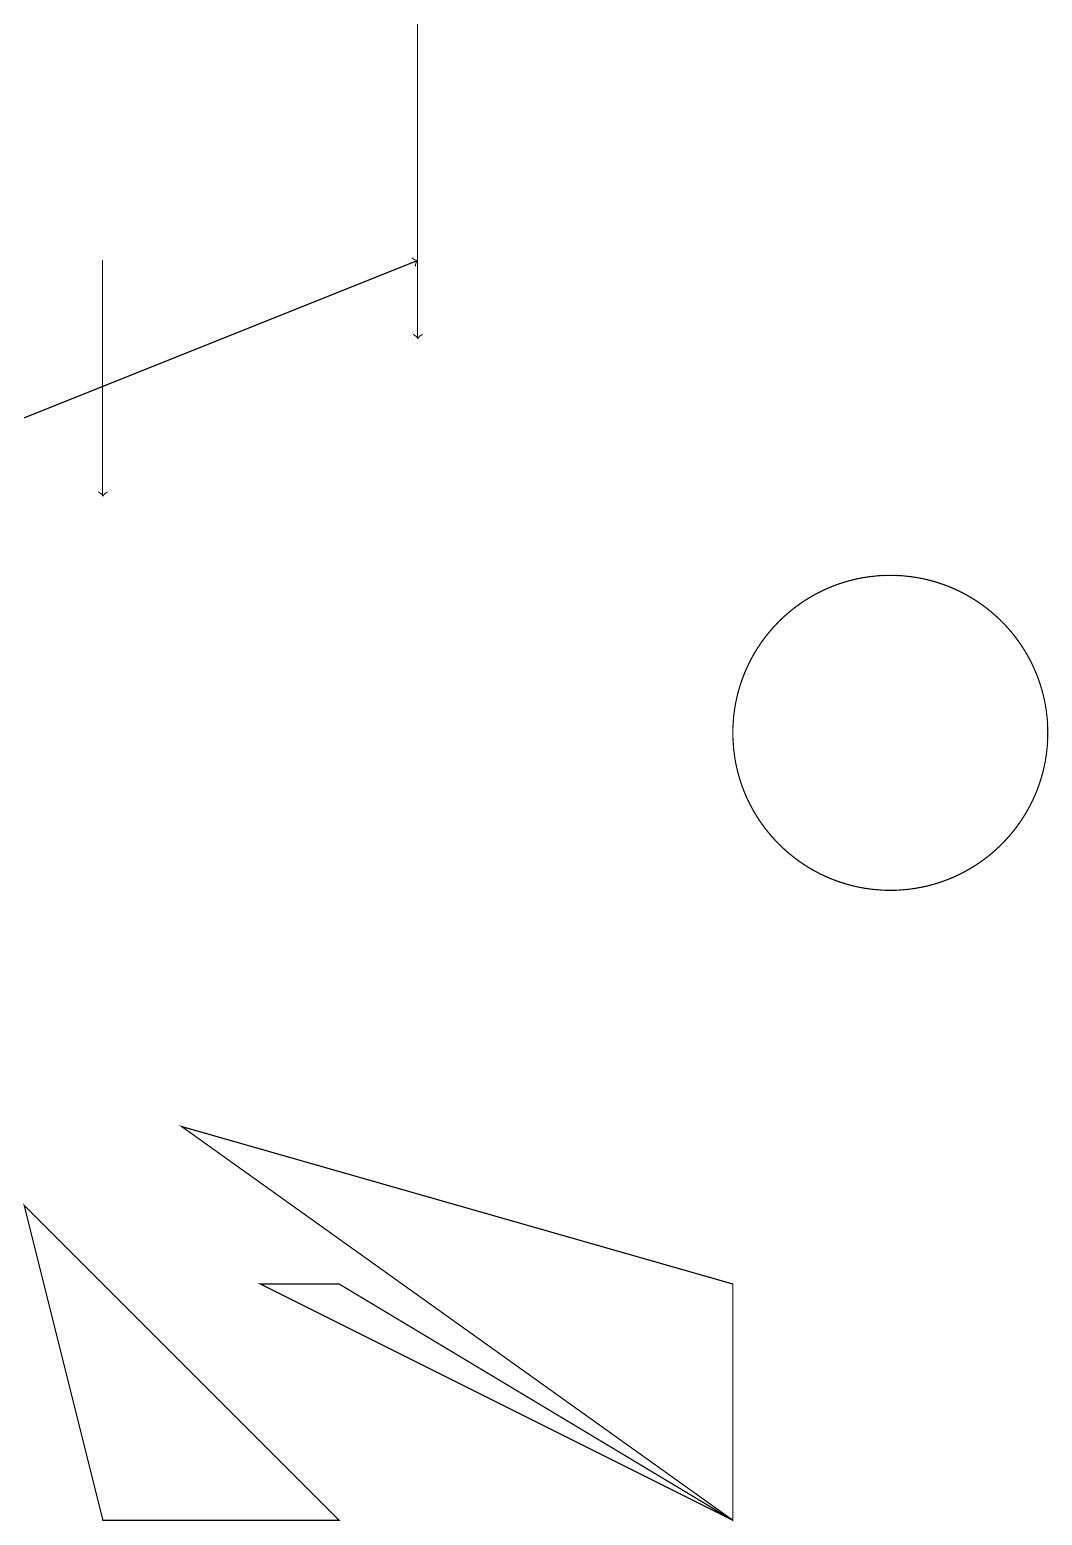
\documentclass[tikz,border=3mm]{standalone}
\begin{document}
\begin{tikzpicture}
\draw (4,3) -- (9,0) -- (3,3) -- cycle;
\draw (0,4) -- (1,0) -- (4,0) -- cycle;
\draw[->] (0,14) -- (5,16);
\draw[->] (1,16) -- (1,13);
\draw (9,0) -- (9,3) -- (2,5) -- cycle;
\draw[->] (5,19) -- (5,15);
\draw (11,10) circle (2);
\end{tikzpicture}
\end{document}